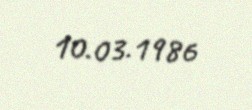
10.03.1986